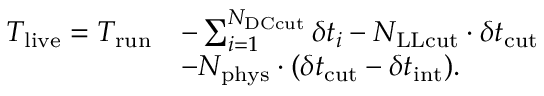
\begin{array} { r l } { T _ { \mathrm { l i v e } } = T _ { \mathrm { r u n } } } & { - \sum _ { i = 1 } ^ { N _ { \mathrm { D C c u t } } } \delta t _ { i } - N _ { \mathrm { L L c u t } } \cdot \delta t _ { \mathrm { c u t } } } \\ & { - N _ { \mathrm { p h y s } } \cdot ( \delta t _ { \mathrm { c u t } } - \delta t _ { \mathrm { i n t } } ) . } \end{array}